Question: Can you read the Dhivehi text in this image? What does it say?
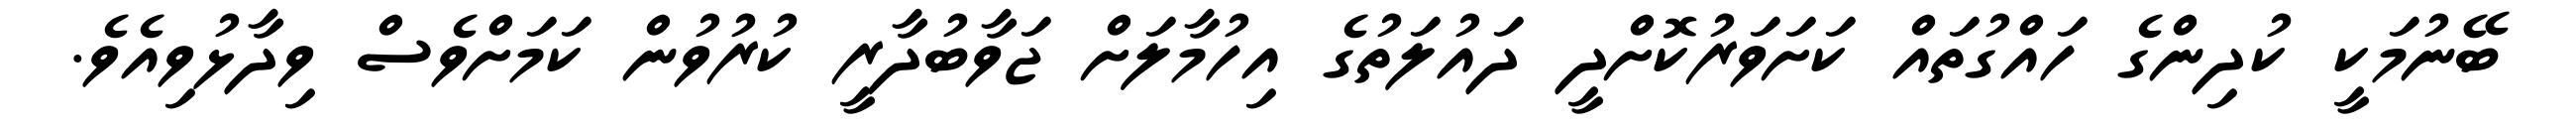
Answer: ބޭނުމަކީ ކުދިންގެ ހައްގުތައް ކަށަވަރުކޮށްދީ ދައުލަތުގެ އިހުމާލަށް ޖަވާބުދާރީ ކުރުވުން ކަމަށްވެސް ވިދާޅުވިއެވެ.